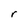
Character: r